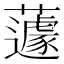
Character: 蘧